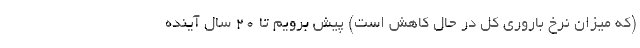
(که میزان نرخ باروری کل در حال کاهش است) پیش برویم تا ۲۰ سال آینده